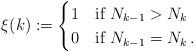
LaTeX: \begin{align*}\xi(k):= \begin{cases} 1 &\mbox{if } N_{k-1}>N_k \\0 &\mbox{if } N_{k-1}=N_k \,.\end{cases}\end{align*}